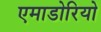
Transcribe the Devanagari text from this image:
एमाडोरियो